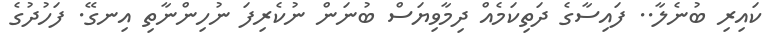
ކައިރި ބުނެލާ.. ފައިސާގެ ދަތިކަމެއް ދިމާވިޔަސް ބުނަން ނުކެރިފަ ނުހިންނާތި އިނގޭ. ފަހުދުގެ